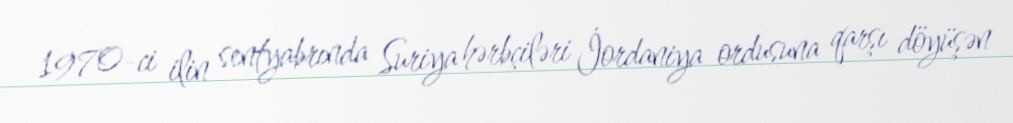
1970-ci ilin sentyabrında Suriya hərbçiləri İordaniya ordusuna qarşı döyüşən